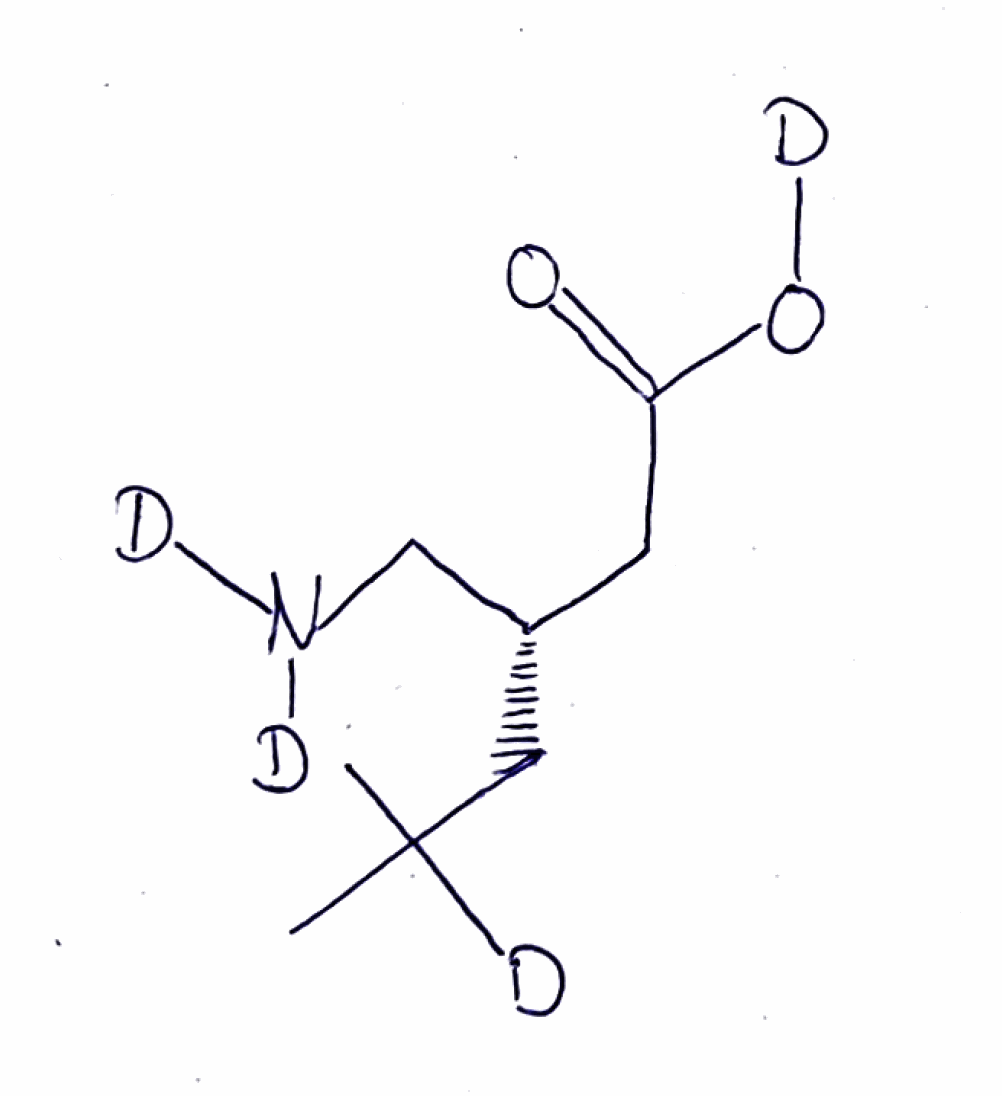
Simplified molecular-input line-entry system (SMILES) notation of the given molecule:
[2H]C(C)(C)C[C@@H](CC(=O)O[2H])CN([2H])[2H]